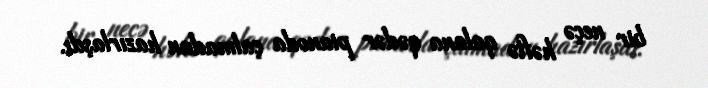
bir neçə həftə qalana qədər pianoda çalmadan hazırlaşdı.